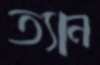
ত্যান